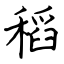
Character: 稻